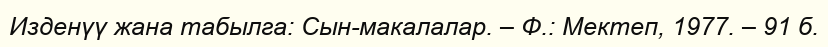
Изденүү жана табылга: Сын-макалалар. – Ф.: Мектеп, 1977. – 91 б.